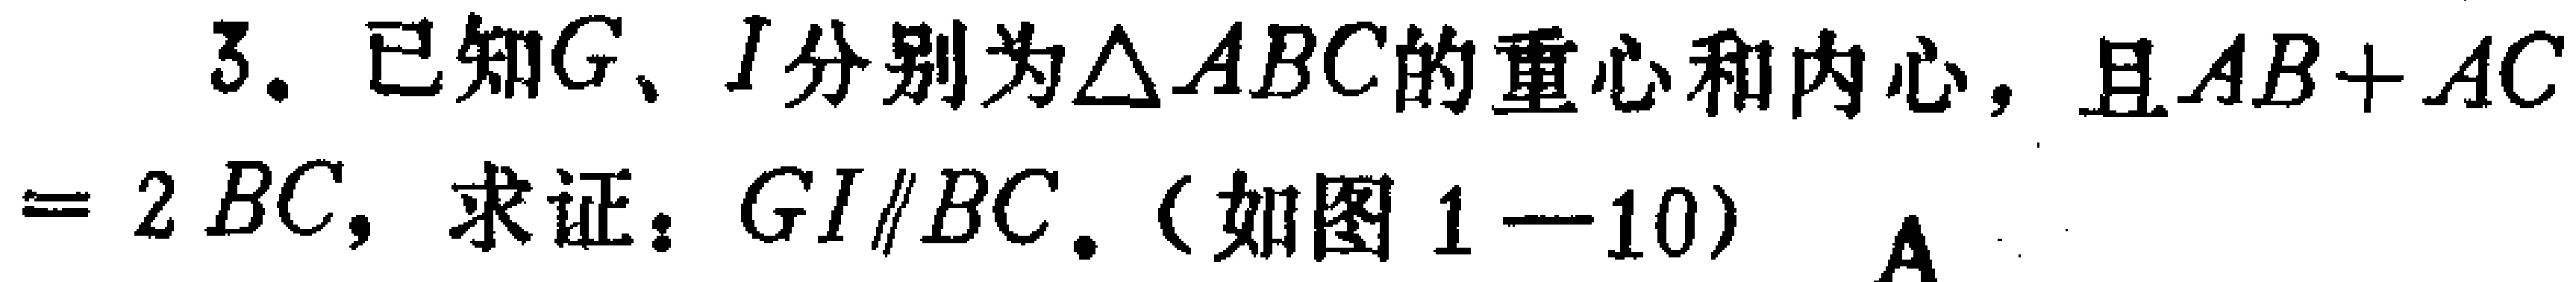
3. 已知\(G\)、\(I\)分别为\(\triangle ABC\)的重心和内心，且\(AB + AC=2BC\)，求证：\(GI\parallel BC\).（如图1—10）